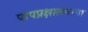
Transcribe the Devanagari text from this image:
पापप्रक्षालनाचा